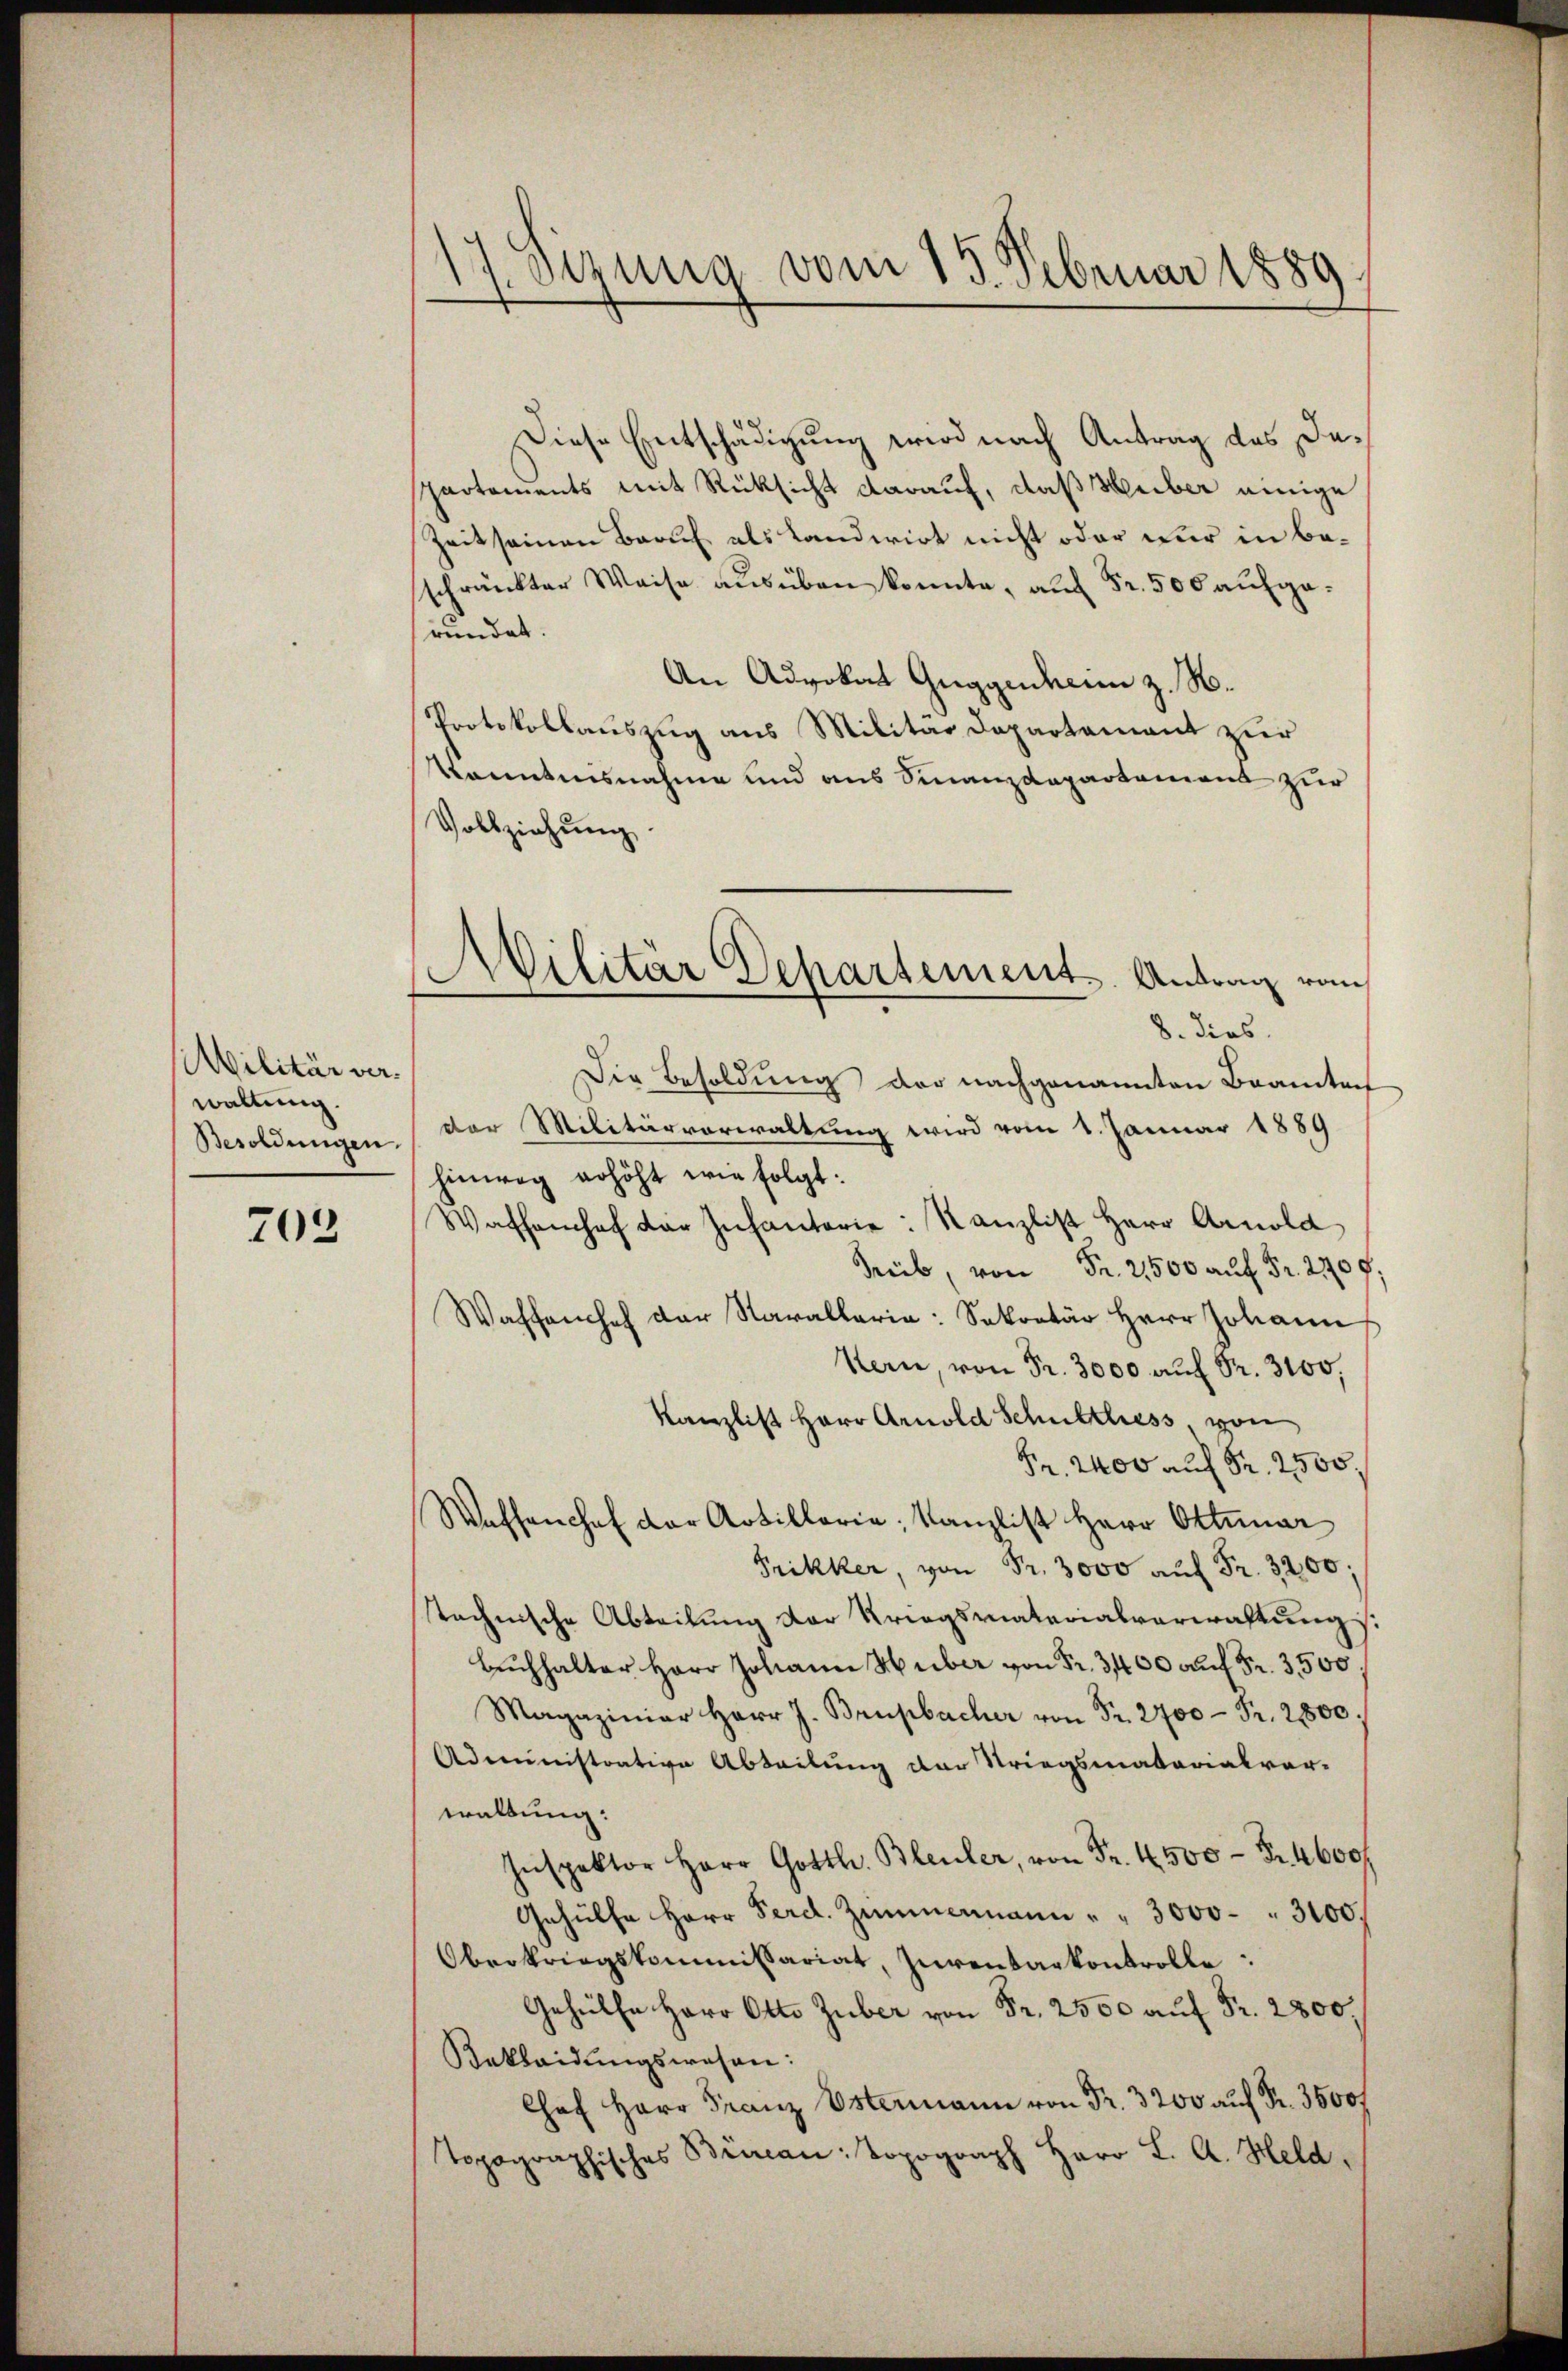
Militär verwaltung.
Besoldungen.

703

17. Sizung vom 15. Februar 1889.

ilitär Departement. Antrag vom

Diese Entschädigung wird nach Antrag des Departements mit Rüksicht darauf, daß Herber einige
Zeit seinen Beruf als Landwirt nicht oder nur in beschränkter Weise ausüben konnte, auf Fr. 500 aufgeründet.
An Advokat Guggenheim z. B.
Protokollauszug aus Militar Departament zur
Kenntnisnahme und aus Finanzdepartement zur
Vollziehung
8. dies
Die Besoldung der nachgenannten Beamten
der Militärverwaltung wird vom 1. Januar 1889
hinweg erhöht wie folgt:
Wassenhof der Infanterie: Kanzlist Herr Arnold
Treib, von Fr. 2500 auf Fr. 270 f.
Waffe der Narallaria: Sekretär Herr Johann
Kern, von Fr. 3000 aŭf Fr. 3100.
Kanzlist Herr Arnold Schulthess von
Fr. 2400 auf Fr. 2500.
Waffenchef der Artillaria, Kanzlist Herr Ottuar
Frikker, von Fr. 3000 auf Fr. 3200;
technische Abteilung der Kriegsmaterialverwaltung s.
Buchhalter Herr Johann Huber von Fr. 3400 auf Fr. 3500
Magaziniar Herr J. Brupbacher von Fr. 2700 Fr. 21800.
Administrative Abteilung der Striegsmatarialvor-
waltung:
Inspektor Herr Gotth. Bleuler, von Fr. 4500 Fr. 4600
Gehülfe Herr Ferd. Zimmermann " " 3000 - " 3100.
Oberkriegskommissariat, Zurentarkontrolle:
Gehülfe Herr Otto Zuber von Fr. 2500 auf Fr. 2800.
Kakleidungswesen:
Chef Herr Franz Ostermann von Fr. 3200 auf Fr. 3500f
topographisches Büreau topograph Herr L. A. Held,